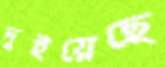
দুইয়েছে